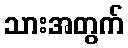
သားအတွက်